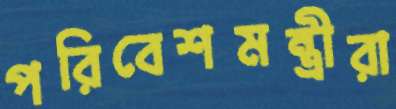
পরিবেশমন্ত্রীরা